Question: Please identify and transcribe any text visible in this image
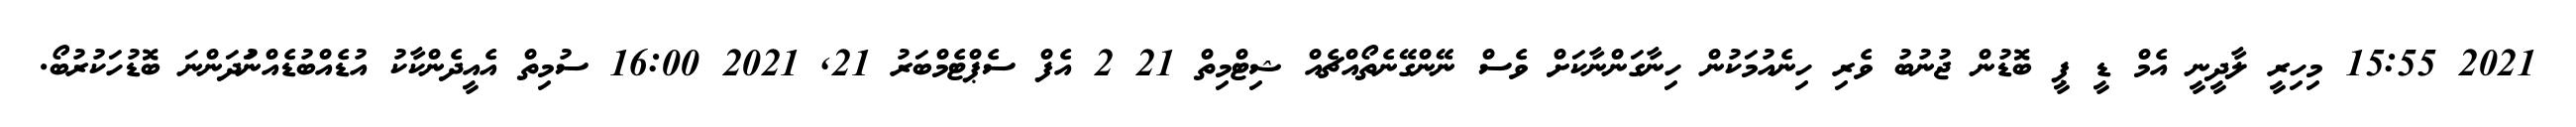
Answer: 2021 15:55 މިހިރީ ލާދީނީ އެމް ޑީ ޕީ ބޮޑުން ޖުނުބު ވެރި ހިނެއުމަކުން ހިނާގަންނާކަށް ވެސް ނޭންގޭނެތޯއްޗެއް ޝިޓްމިތް 21 2 އެފް ސެޕްޓެމްބަރު 21, 2021 16:00 ސުމިތް އެއީދެންކާކު އުޑެއްބުޑެއްނުަދަންނަ ބޮޑުހަކުރުބޯ.